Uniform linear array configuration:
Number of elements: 4
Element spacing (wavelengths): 0.25
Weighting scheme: binomial
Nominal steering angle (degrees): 30
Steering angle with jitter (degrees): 31.602
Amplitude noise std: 0.05
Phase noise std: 0.05

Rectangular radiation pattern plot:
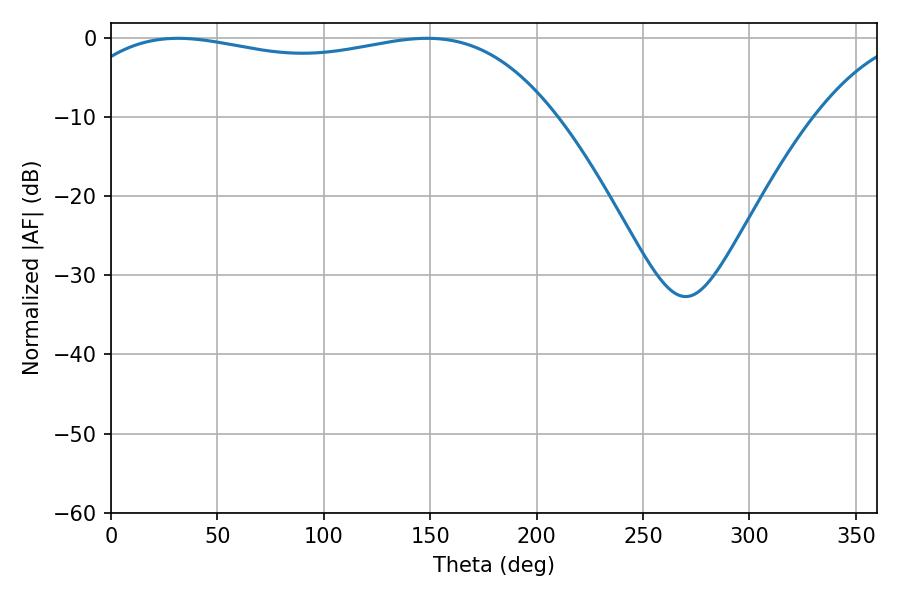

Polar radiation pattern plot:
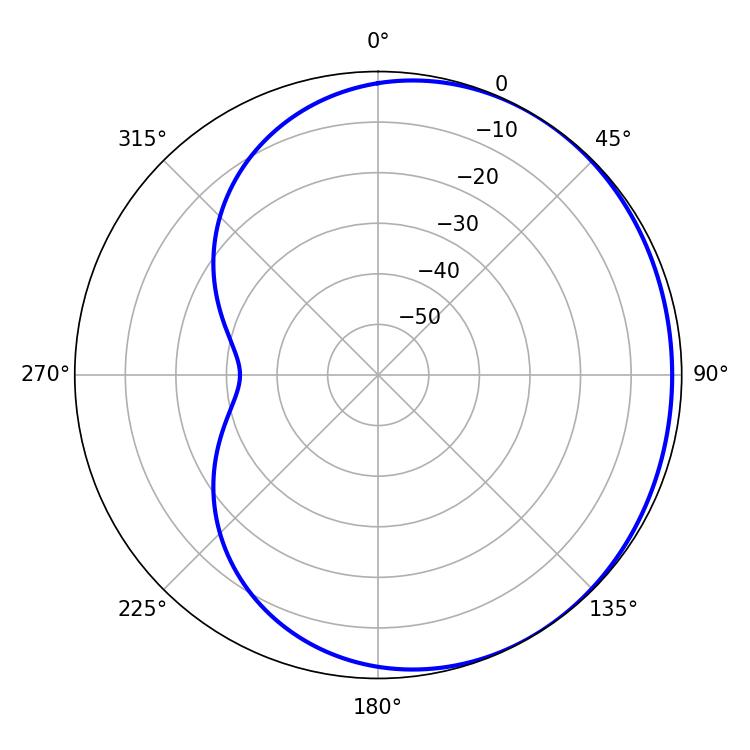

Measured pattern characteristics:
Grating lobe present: FALSE
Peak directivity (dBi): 1.166
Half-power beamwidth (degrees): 183.96
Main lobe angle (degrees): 31.5